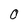
Character: O